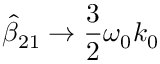
\hat { \beta } _ { 2 1 } \to \frac { 3 } { 2 } \omega _ { 0 } k _ { 0 }